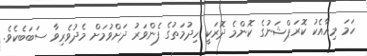
ހަމަ މިއާއެކު ކޮރަޕްޝަނުގެ ކޮންމެ ދޮރަކީ ހިދުމަތުގެ ފެންވަރު ދަށްވުމަށް މެދުވެރިވާ ސަބަބެކެވެ.